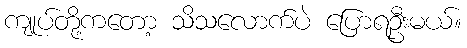
ကျုပ်တို့ကတော့ သိသလောက်ပဲ ပြောရဦးမယ်။